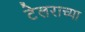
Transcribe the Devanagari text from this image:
टेलराच्या